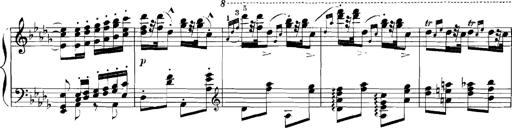
Title: Rhapsodies hongroises
Composer: Franz Liszt